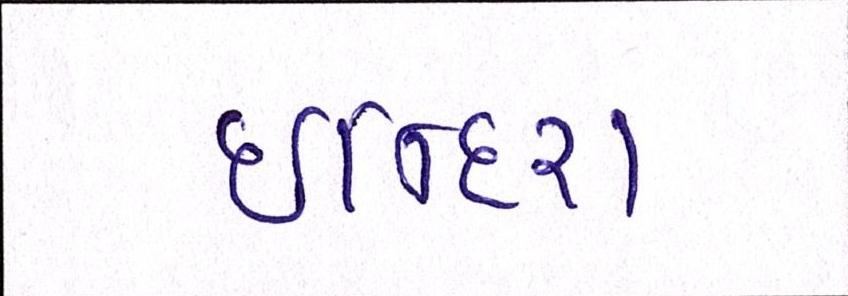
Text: ઈન્દિરા